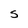
Character: S